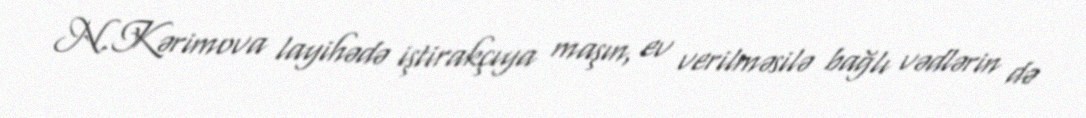
N.Kərimova layihədə iştirakçıya maşın, ev verilməsilə bağlı vədlərin də